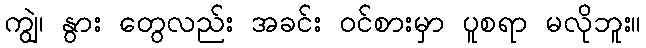
ကျွဲ၊ နွား တွေလည်း အခင်း ဝင်စားမှာ ပူစရာ မလိုဘူး။